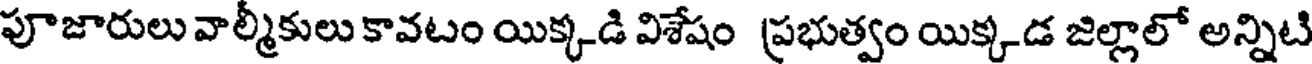
పూజారులు వాల్మీకులు కావటం యిక్కడి విశేషం ప్రభుత్వం యిక్కడ జిల్లాలో అన్నిటి